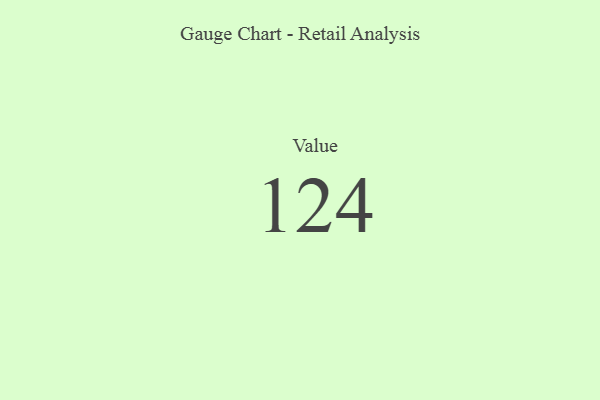
{"axis": {"x": "Metric", "y": "Value"}, "legend": [""], "data": [{"x": "Value", "y": 124, "type": ""}]}